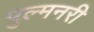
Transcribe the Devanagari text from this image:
पुल्मनरी